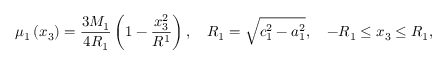
\mu _ { 1 } \left( x _ { 3 } \right) = \displaystyle \frac { 3 M _ { 1 } } { 4 R _ { 1 } } \left( 1 - \frac { x _ { 3 } ^ { 2 } } { R ^ { 1 } } \right) , \quad R _ { 1 } = \sqrt { c _ { 1 } ^ { 2 } - a _ { 1 } ^ { 2 } } , \quad - R _ { 1 } \leq x _ { 3 } \leq R _ { 1 } ,